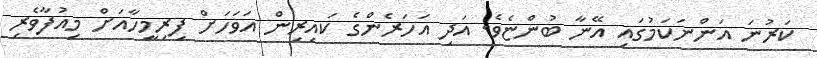
ކަރުނަ އަންނަކަމުގައި އޭނާ ބުންޏެވެ. އަދި އަހަރެންގެ ކައިރިން އަވަހަށް ފިރިމީހާއަށް މިއުފާވެރި